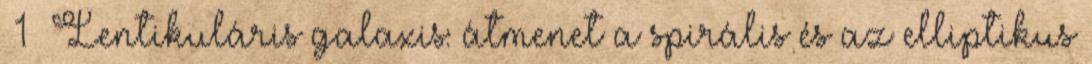
1 Lentikuláris galaxis: átmenet a spirális és az elliptikus